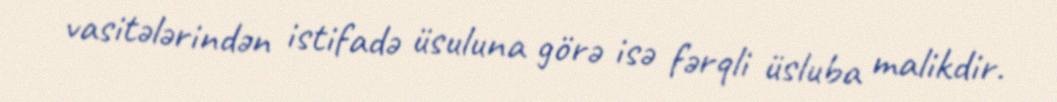
vasitələrindən istifadə üsuluna görə isə fərqli üsluba malikdir.